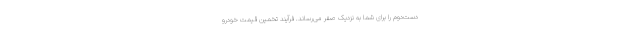
دست‌دوم را برای شما به نزدیک صفر می‌رساند. فرآیند تخمین قیمت خودرو